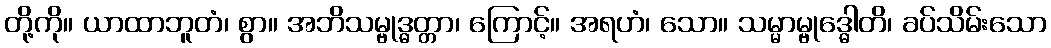
တို့ကို။ ယာထာဘူတံ၊ စွာ။ အဘိသမ္ဗုဒ္ဓတ္တာ၊ ကြောင့်။ အရဟံ၊ သော။ သမ္မာမ္ဗုဒ္ဓေါတိ၊ ခပ်သိမ်းသော